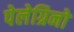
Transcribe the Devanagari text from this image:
पेलेग्रिनो